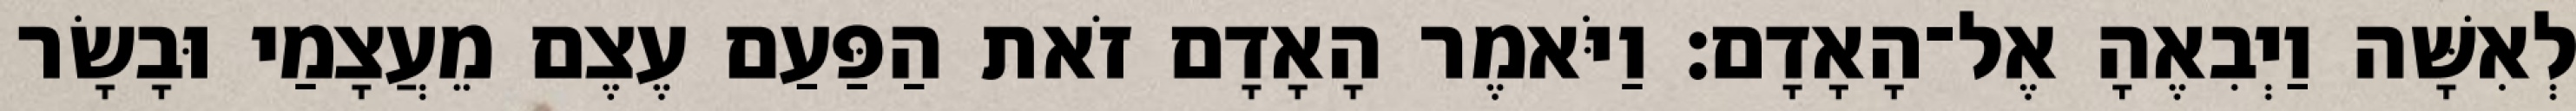
לְאִשָּׁה וַיְבִאֶהָ אֶל־הָאָדָם׃ וַיֹּאמֶר הָאָדָם זֹאת הַפַּעַם עֶצֶם מֵעֲצָמַי וּבָשָׂר